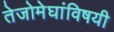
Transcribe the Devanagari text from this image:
तेजोमेघांविषयी